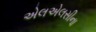
એલએલસીના